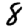
Digit: 8